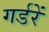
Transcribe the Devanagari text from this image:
गर्डरें